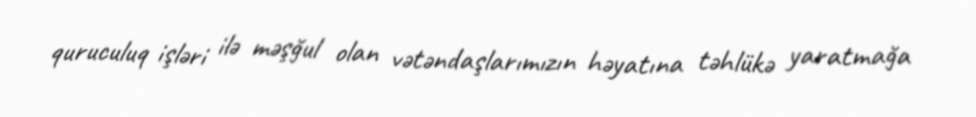
quruculuq işləri ilə məşğul olan vətəndaşlarımızın həyatına təhlükə yaratmağa